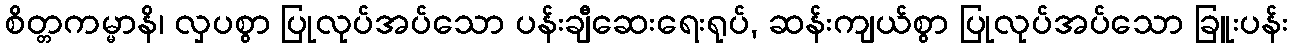
စိတ္တကမ္မာနိ၊ လှပစွာ ပြုလုပ်အပ်သော ပန်းချီဆေးရေးရုပ်, ဆန်းကျယ်စွာ ပြုလုပ်အပ်သော ခြူးပန်း